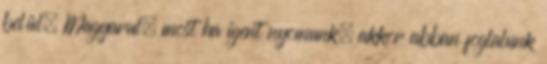
belül. Magyarul, most ha igent nyomunk, akkor abban foglalunk